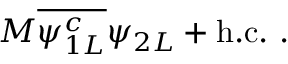
M { \overline { { { \psi _ { 1 L } ^ { c } } } } } \psi _ { 2 L } + \mathrm { h . c . } ~ .